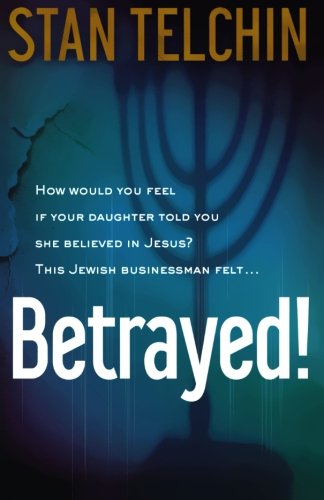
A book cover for Betrayed!; Stan Telchin; Christian Books & Bibles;